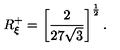
R _ { \xi } ^ { + } = \left[ \frac { 2 } { 2 7 \sqrt { 3 } } \right] ^ { \frac { 1 } { 2 } } .